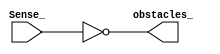
module IRSensor (
    input Sense_,
    // output reg obstacles_
    output wire obstacles_
);
    reg [19:0] counter;
    // always@(posedge clk, posedge rst)begin
    //   if(!rst)begin
    //     counter <= 0;
    //     obstacles_ <= 0;
    //   end else begin
    //     if(counter < 5000)begin
    //       counter <= counter + 1;
    //       obstacles_ <= Sense_;
    //     end else begin
    //       counter <= 0;
    //     end
    //   end
    // end
    assign obstacles_ = !Sense_;

endmodule